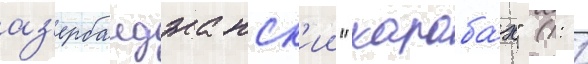
аз'ербаиджанск'ии "караба́х" (1: 1